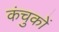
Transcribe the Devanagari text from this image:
कंचुकों